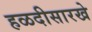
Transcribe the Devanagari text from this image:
हळदीसारखे